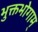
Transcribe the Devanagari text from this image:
भुक्तभोगाम्‌